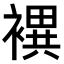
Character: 𧝀